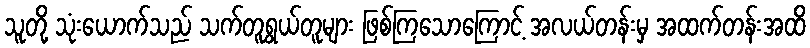
သူတို့ သုံးယောက်သည် သက်တူရွယ်တူများ ဖြစ်ကြသောကြောင့် အလယ်တန်းမှ အထက်တန်းအထိ